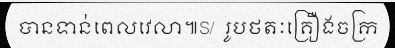
បានទាន់ពេលវេលា៕S/  រូបថតៈគ្រឿងចក្រ